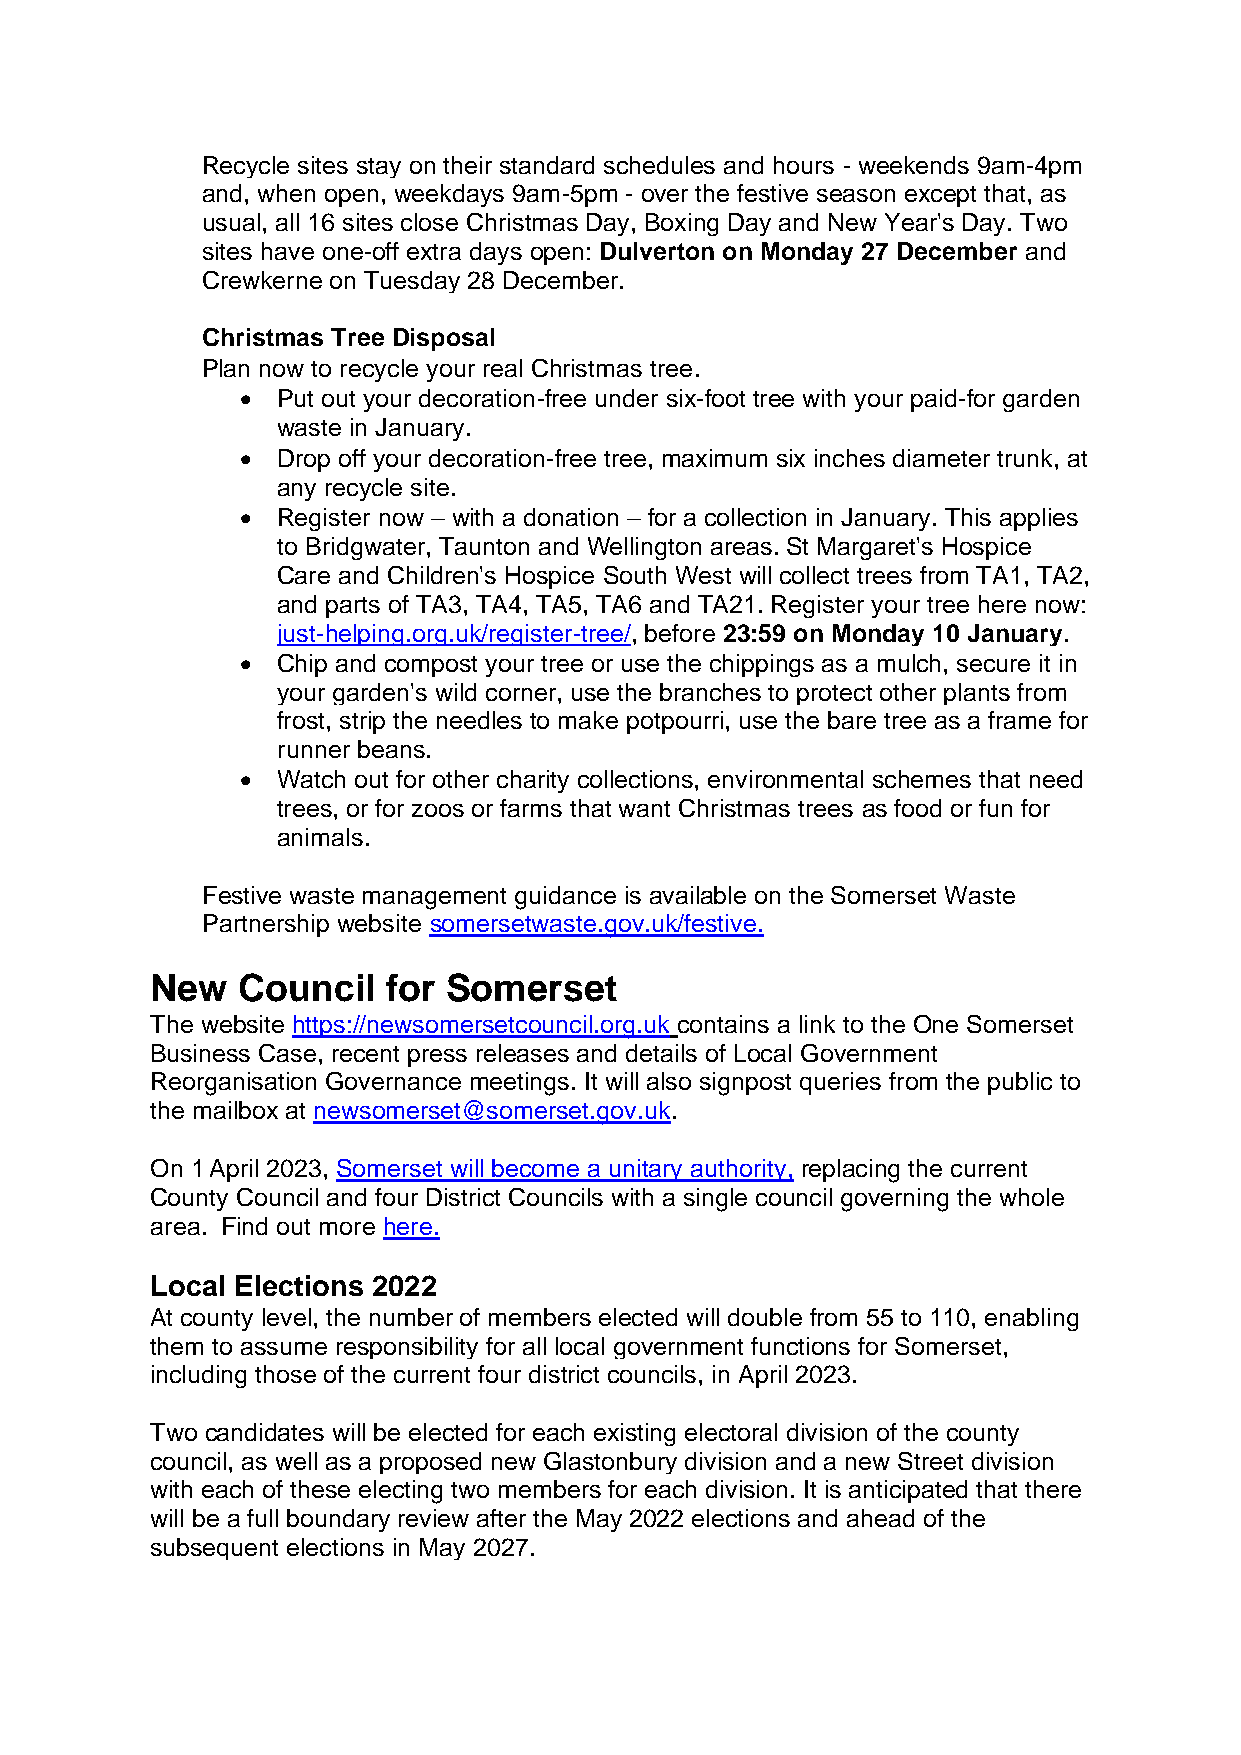
Recycle sites stay on their standard schedules and hours - weekends 9am-4pm
 and, when open, weekdays 9am-5pm - over the festive season except that, as
 usual, all 16 sites close Christmas Day, Boxing Day and New Year's Day. Two
 sites have one-off extra days open: Dulverton on Monday 27 December and
 Crewkerne on Tuesday 28 December.
 Christmas Tree Disposal
 Plan now to recycle your real Christmas tree.
 • Put out your decoration-free under six-foot tree with your paid-for garden
 waste in January.
 • Drop off your decoration-free tree, maximum six inches diameter trunk, at
 any recycle site.
 • Register now – with a donation – for a collection in January. This applies
 to Bridgwater, Taunton and Wellington areas. St Margaret's Hospice
 Care and Children's Hospice South West will collect trees from TA1, TA2,
 and parts of TA3, TA4, TA5, TA6 and TA21. Register your tree here now:
 just-helping.org.uk/register-tree/, before 23:59 on Monday 10 January.
 • Chip and compost your tree or use the chippings as a mulch, secure it in
 your garden's wild corner, use the branches to protect other plants from
 frost, strip the needles to make potpourri, use the bare tree as a frame for
 runner beans.
 • Watch out for other charity collections, environmental schemes that need
 trees, or for zoos or farms that want Christmas trees as food or fun for
 animals.
 Festive waste management guidance is available on the Somerset Waste
 Partnership website somersetwaste.gov.uk/festive.
 New   Council   for Somerset
 The website https://newsomersetcouncil.org.uk contains a link to the One Somerset
 Business Case, recent press releases and details of Local Government
 Reorganisation Governance meetings. It will also signpost queries from the public to
 the mailbox at newsomerset@somerset.gov.uk.
 On 1 April 2023, Somerset will become a unitary authority, replacing the current
 County Council and four District Councils with a single council governing the whole
 area. Find out more here.
 Local Elections 2022
 At county level, the number of members elected will double from 55 to 110, enabling
 them to assume responsibility for all local government functions for Somerset,
 including those of the current four district councils, in April 2023.
 Two candidates will be elected for each existing electoral division of the county
 council, as well as a proposed new Glastonbury division and a new Street division
 with each of these electing two members for each division. It is anticipated that there
 will be a full boundary review after the May 2022 elections and ahead of the
 subsequent elections in May 2027.